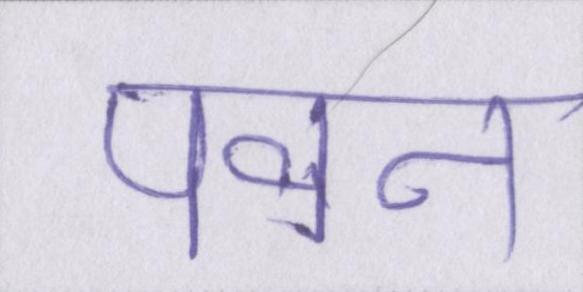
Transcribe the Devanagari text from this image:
पवन